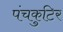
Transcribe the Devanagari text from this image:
पंचकुटिर